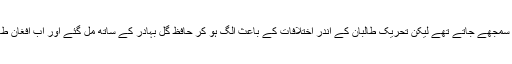
ابتداء میں یہ اپنے علاقے میں بیت اللہ محسود کے نمائندے سمجھے جاتے تھے لیکن تحریک طالبان کے اندر اختلافات کے باعث الگ ہو کر حافظ گل بہادر کے ساتھ مل گئے اور اب افغان طالبان کے امیر ملا محمد عمر کو اپنا رہنما قرار دیتے تھے۔